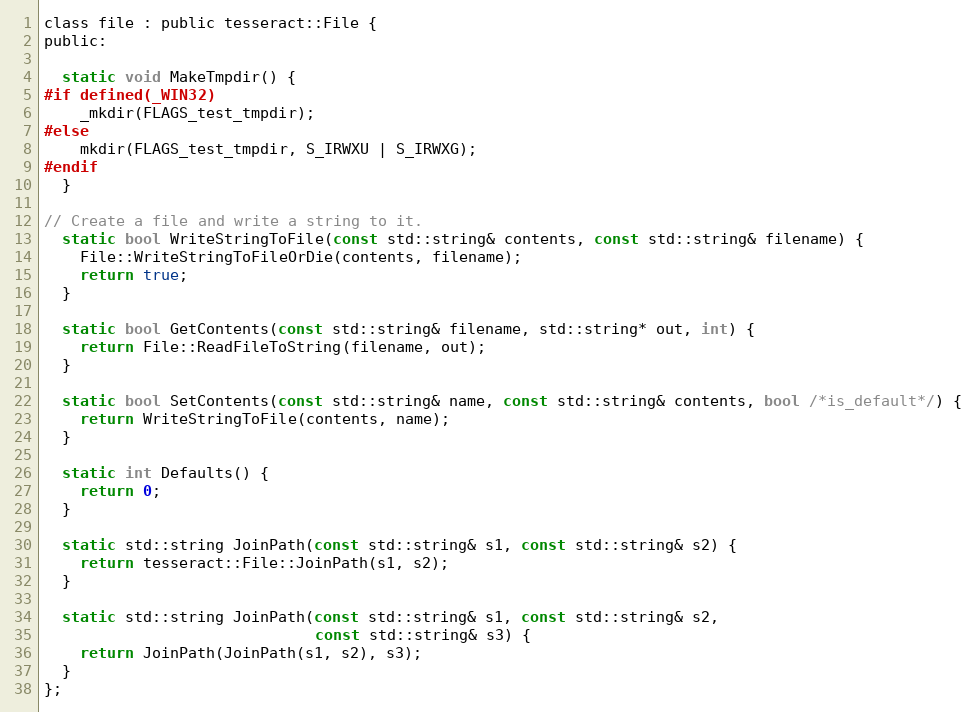
Language: C
class file : public tesseract::File {
public:

  static void MakeTmpdir() {
#if defined(_WIN32)
    _mkdir(FLAGS_test_tmpdir);
#else
    mkdir(FLAGS_test_tmpdir, S_IRWXU | S_IRWXG);
#endif
  }

// Create a file and write a string to it.
  static bool WriteStringToFile(const std::string& contents, const std::string& filename) {
    File::WriteStringToFileOrDie(contents, filename);
    return true;
  }

  static bool GetContents(const std::string& filename, std::string* out, int) {
    return File::ReadFileToString(filename, out);
  }

  static bool SetContents(const std::string& name, const std::string& contents, bool /*is_default*/) {
    return WriteStringToFile(contents, name);
  }

  static int Defaults() {
    return 0;
  }

  static std::string JoinPath(const std::string& s1, const std::string& s2) {
    return tesseract::File::JoinPath(s1, s2);
  }

  static std::string JoinPath(const std::string& s1, const std::string& s2,
                              const std::string& s3) {
    return JoinPath(JoinPath(s1, s2), s3);
  }
};